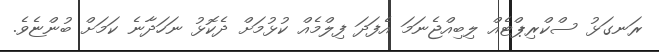
ރަނގަޅު ސްކްރިޕްޓެއް ލިބިއްޖެނަމަ އެފަދަ ފިލްމެއް ކުޅުމަށް ދެކޮޅު ނަހަދާނެ ކަމަށް ބުންޏެވެ.